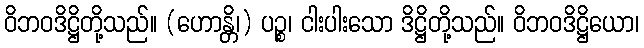
ဝိဘဝဒိဋ္ဌိတို့သည်။ (ဟောန္တိ၊) ပဉ္စ၊ ငါးပါးသော ဒိဋ္ဌိတို့သည်။ ဝိဘဝဒိဋ္ဌိယော၊